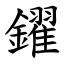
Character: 鑃